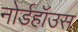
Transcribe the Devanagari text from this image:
नोर्डहॉउस